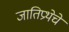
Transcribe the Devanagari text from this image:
जातिप्रथेचे